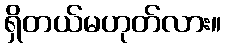
ရှိတယ်မဟုတ်လား။